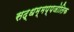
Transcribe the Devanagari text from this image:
सद्धम्मप्पजोतिक